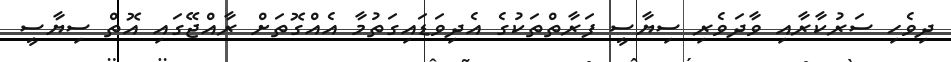
ދިވެހި ސަރުކާރާއި ވާދަވެރި ސިޔާސީ ފަރާތްތަކުގެ އެދިވަޑައިގަތުމާ އެއްގޮތަށް ރާއްޖޭގައި އޮތް ސިޔާސީ